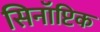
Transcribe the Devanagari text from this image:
सिनॉप्टिक